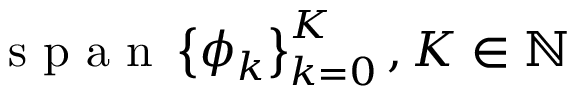
\mathrm { ~ s ~ p ~ a ~ n ~ } \left\lbrace \phi _ { k } \right\rbrace _ { k = 0 } ^ { K } , K \in \mathbb { N }